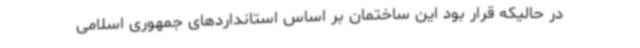
در حالیکه قرار بود این ساختمان بر اساس استانداردهای جمهوری اسلامی